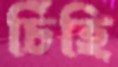
চিঁহি